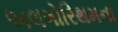
અલગોરિથમના